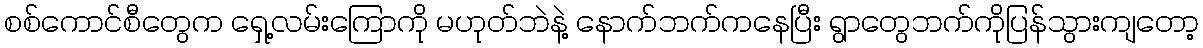
စစ်ကောင်စီတွေက ရှေ့လမ်းကြောကို မဟုတ်ဘဲနဲ့ နောက်ဘက်ကနေပြီး ရွာတွေဘက်ကိုပြန်သွားကျတော့